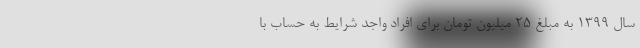
سال ۱۳۹۹ به مبلغ ۲۵ میلیون تومان برای افراد واجد شرایط به حساب با